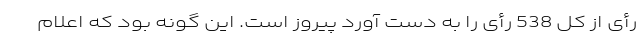
رأی از کل 538 رأی را به دست آورد پیروز است. این گونه بود که اعلام